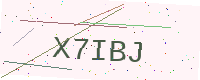
Text: X7IBJ